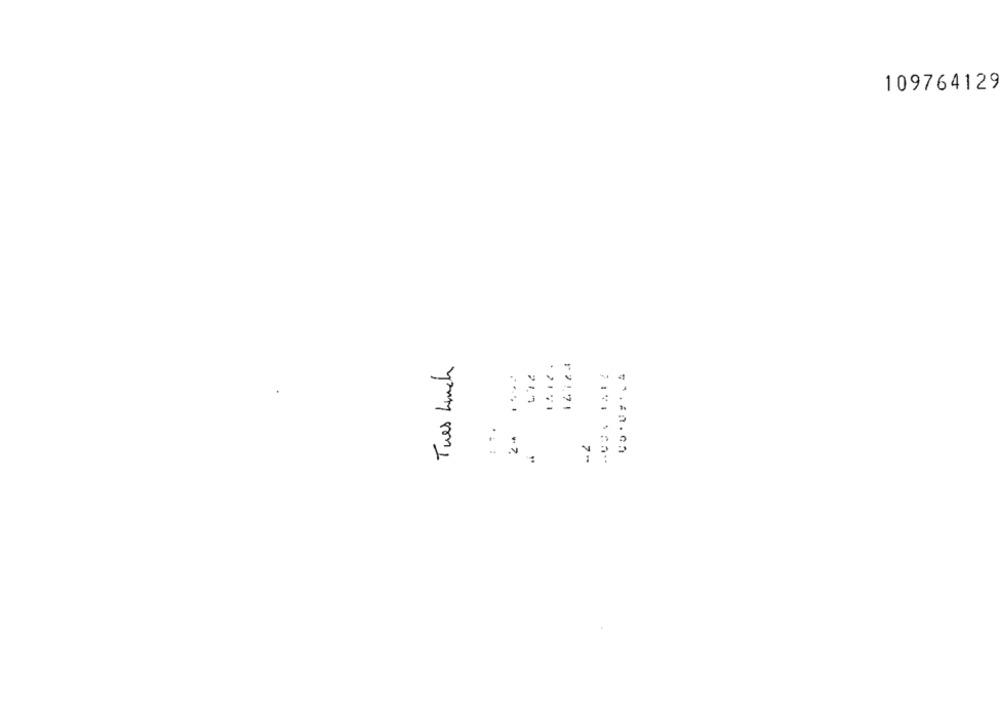
109764129
Tues Lunch
12171
-